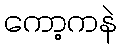
ကော့ကနဲ